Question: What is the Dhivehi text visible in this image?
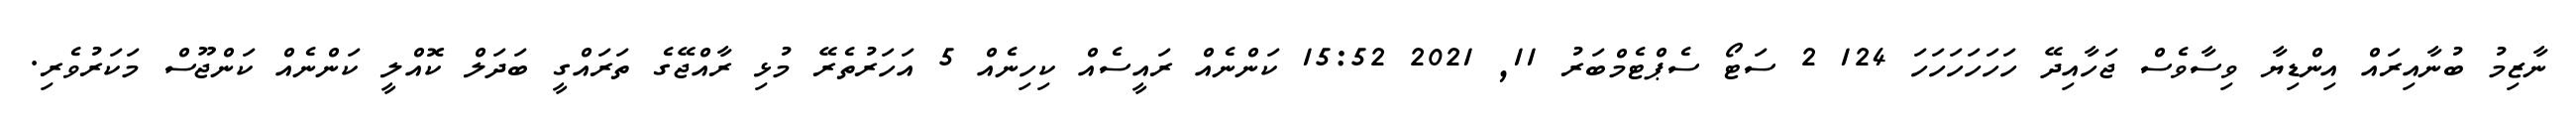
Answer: ނާޒިމު ބުނާއިރައް އިންޑިޔާ ވިސާވެސް ޖަހާއިދޭ ހަހަހަހަހަހަ 124 2 ސަޓޯ ސެޕްޓެމްބަރު 11, 2021 15:52 ކަންނެއް ރައީސެއް ކިހިނެއް 5 އަހަރުތެރޭ މުޅި ރާއްޖޭގެ ތަރައްގީ ބަދަލް ކޮއްލީ ކަންނެއް ކަންޖޫސް މަކަރުވެރި.